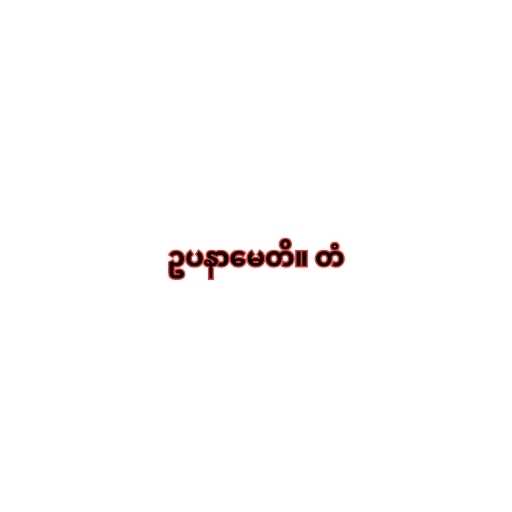
ဥပနာမေတိ။ တံ